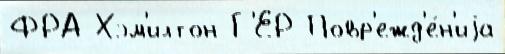
ФРА Хэм'илтон Г'ЕР Повр'ежд'е́н'иjа